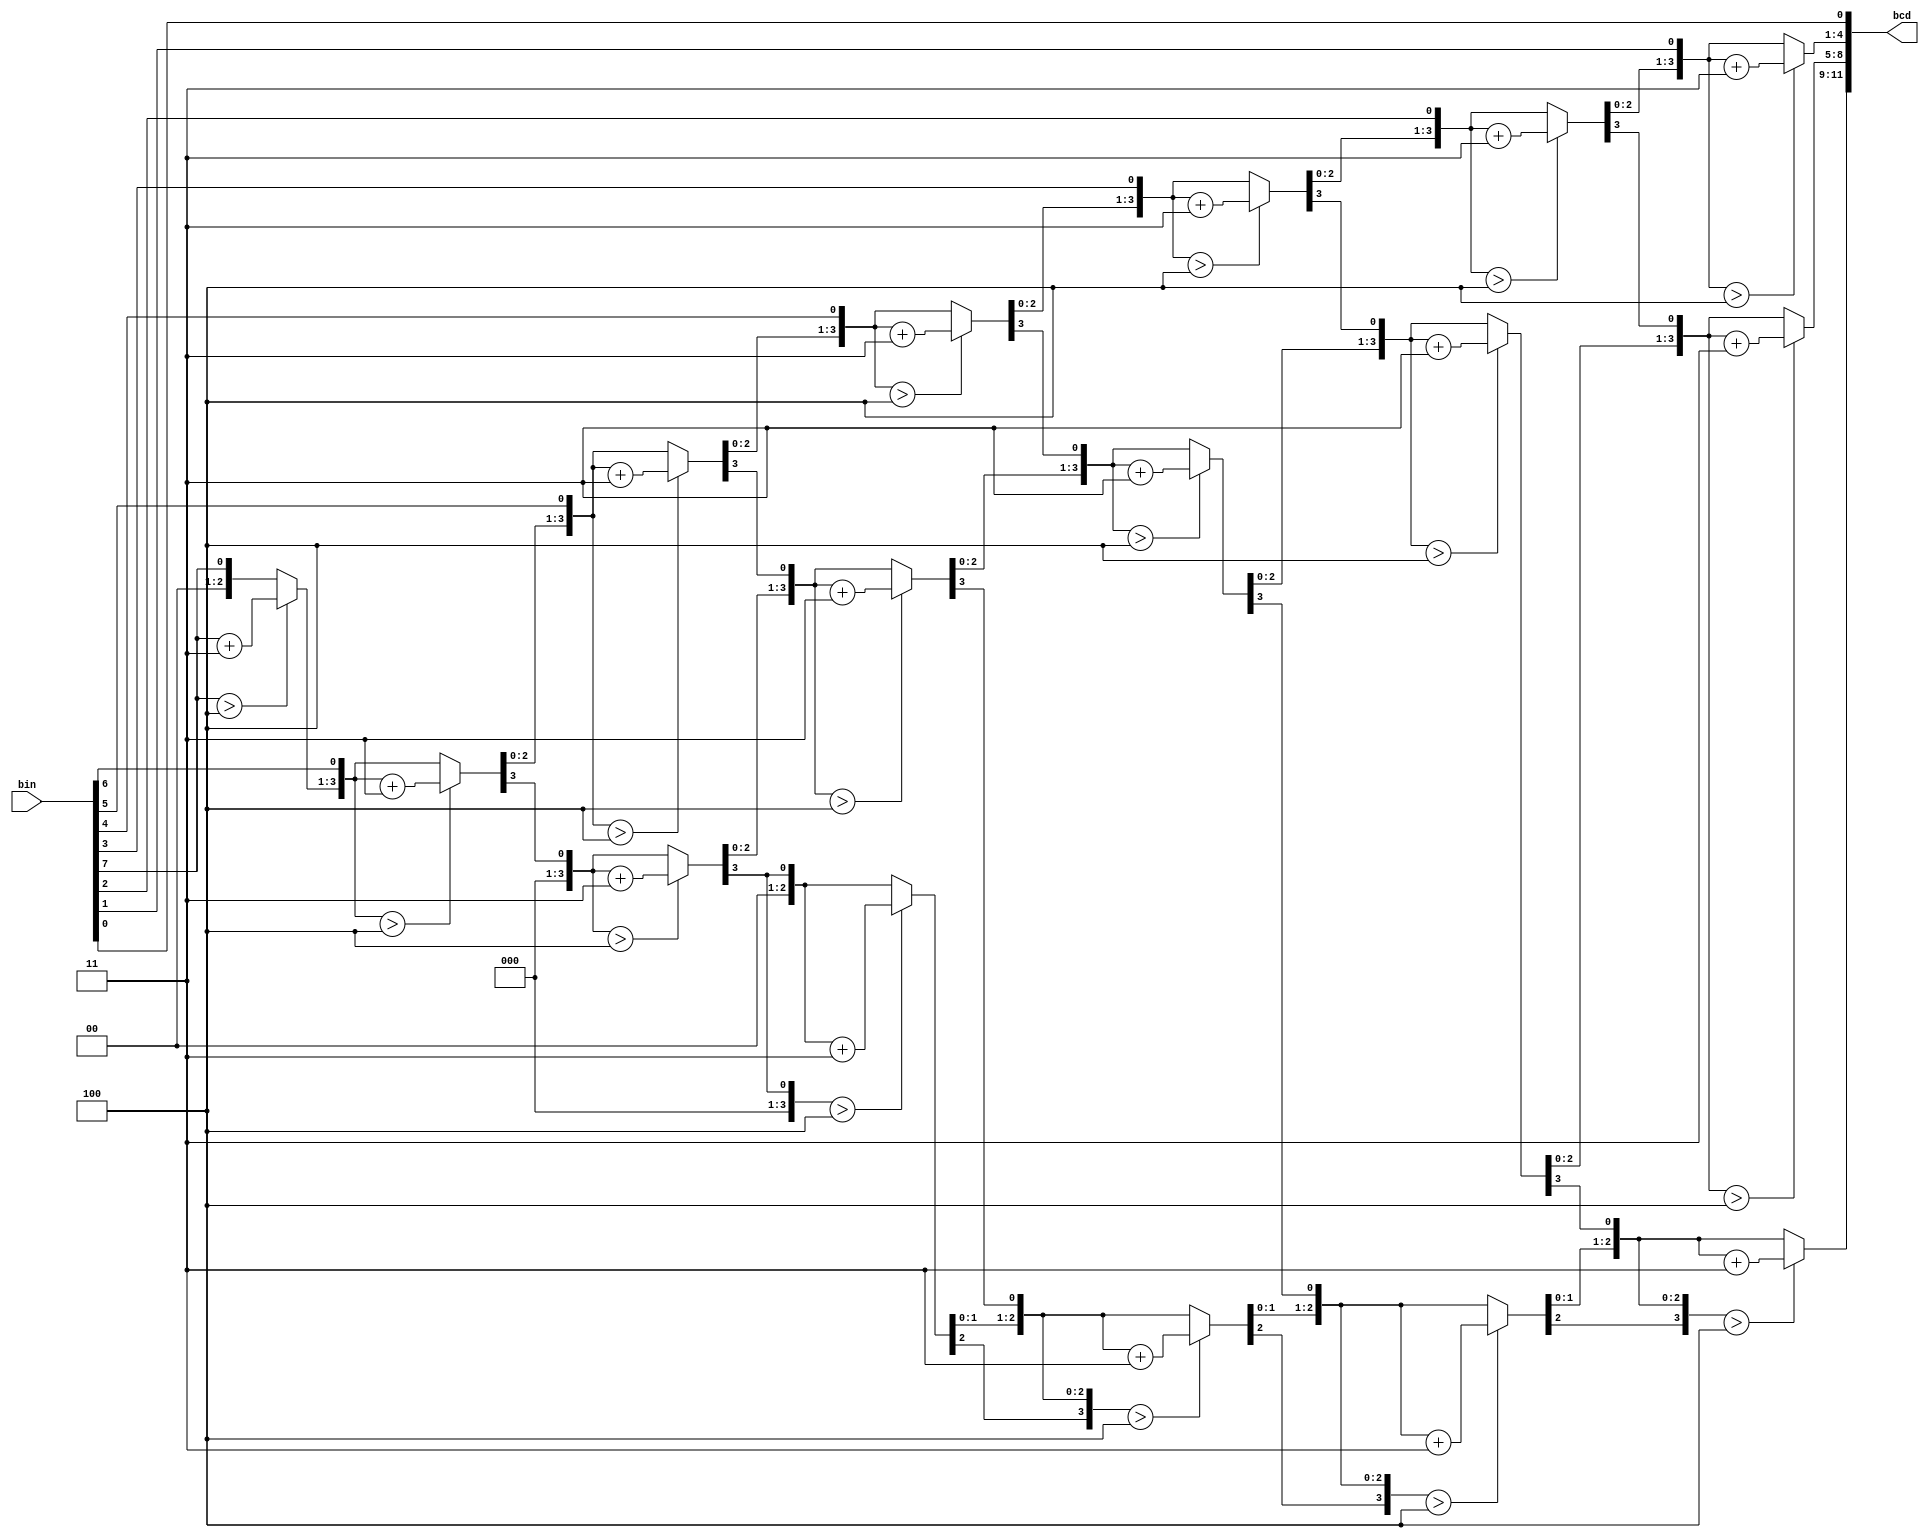
module bin2bcd (    bin,     bcd    );

    
  // converting using the double dabble algorithm
    
    input [7:0] bin;
    output [11:0] bcd;
    reg [11 : 0] bcd; 
     reg [3:0] i;   
    
     always @(bin)
        begin
            bcd = 0; 
            for (i = 0; i < 8; i = i+1) 
            begin
                bcd = {bcd[10:0],bin[7-i]}; 
                    
                if(i < 7 && bcd[3:0] > 4) 
                    bcd[3:0] = bcd[3:0] + 3;
                if(i < 7 && bcd[7:4] > 4)
                    bcd[7:4] = bcd[7:4] + 3;
                if(i < 7 && bcd[11:8] > 4)
                    bcd[11:8] = bcd[11:8] + 3;  
            end
        end     
                
endmodule